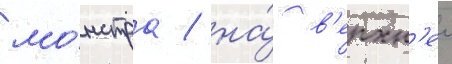
мо́нстра / на́ в'ерхн'еи